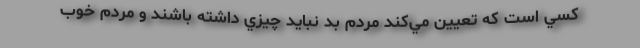
كسي است كه تعيين مي‌كند مردم بد نبايد چيزي داشته باشند و مردم خوب